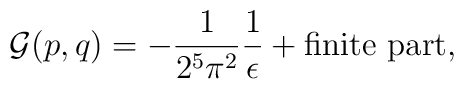
{\cal G} (p,q) = -\frac{1}{2^5 \pi^2} \frac{1}{\epsilon} +\mbox{finite part},